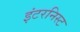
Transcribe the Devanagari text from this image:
इंटरनिस्ट